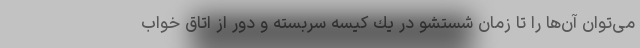
می‌توان آن‌ها را تا زمان شستشو در یك كیسه سربسته و دور از اتاق خواب